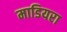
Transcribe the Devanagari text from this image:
माडियरा